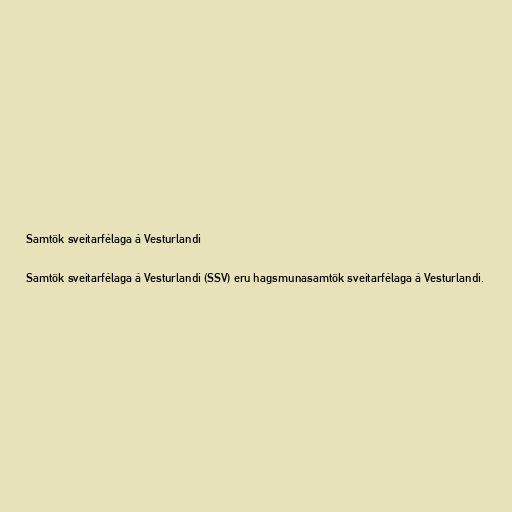
Samtök sveitarfélaga á Vesturlandi

Samtök sveitarfélaga á Vesturlandi (SSV) eru hagsmunasamtök sveitarfélaga á Vesturlandi.